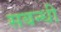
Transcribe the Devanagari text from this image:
सबन्धी